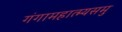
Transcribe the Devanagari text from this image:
गंगामहात्म्यसमु